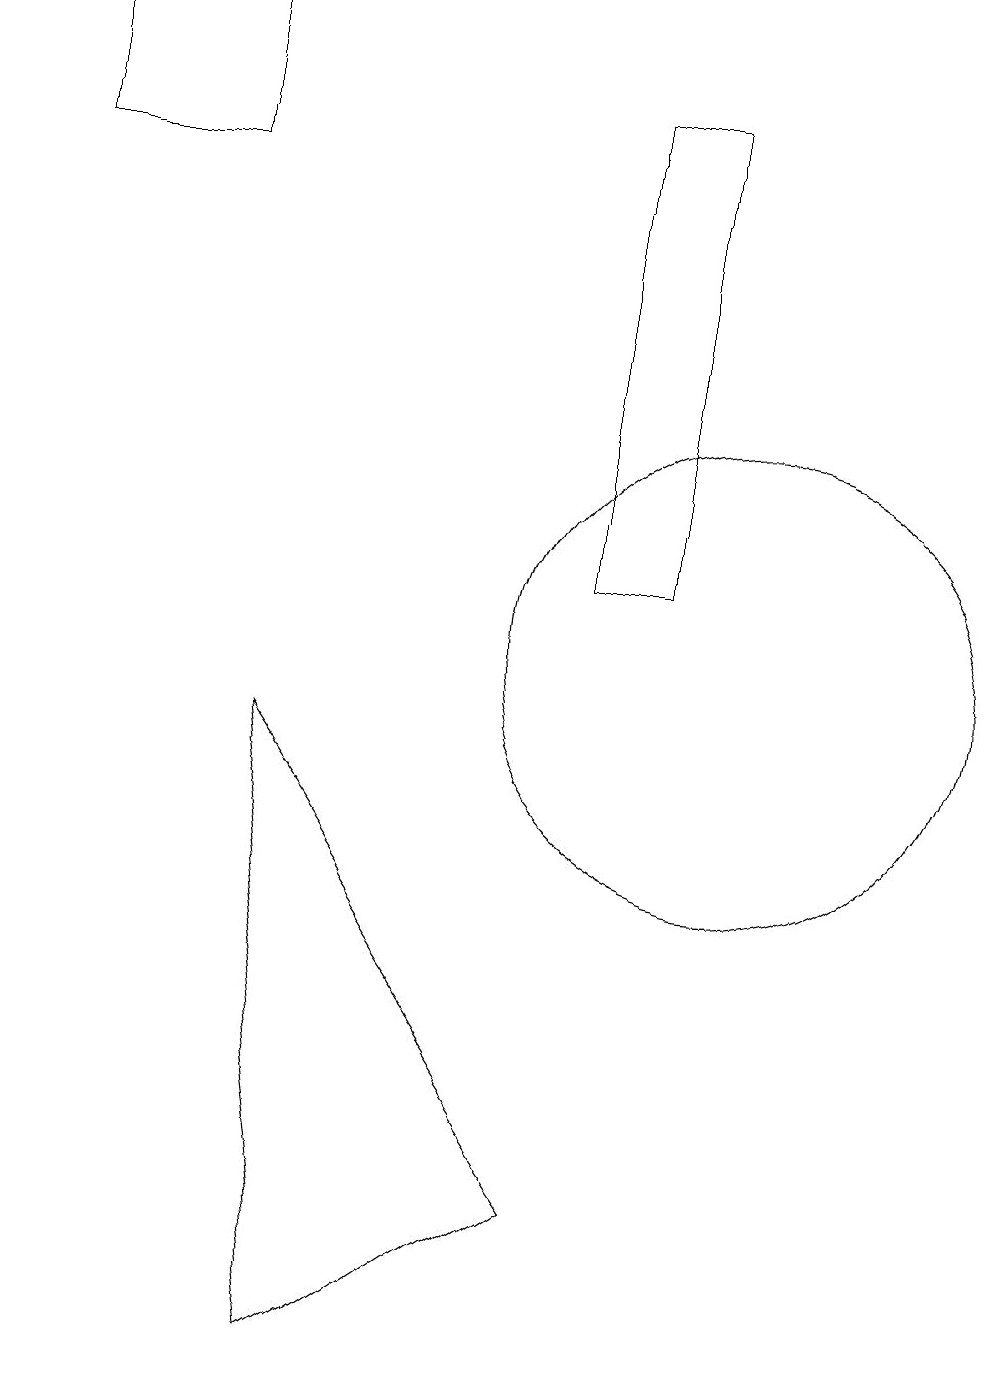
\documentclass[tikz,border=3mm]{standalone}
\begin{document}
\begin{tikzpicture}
\draw (3,18) rectangle (1,16);
\draw (10,10) circle (3);
\draw (4,9) -- (8,3) -- (5,1) -- cycle;
\draw (8,17) rectangle (9,11);
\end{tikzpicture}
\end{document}